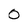
Character: 0